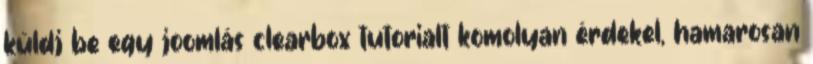
küldj be egy joomlás clearbox tutorialt komolyan érdekel, hamarosan